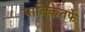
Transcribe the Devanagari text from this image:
पालिकेतर्फे